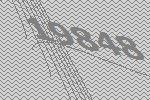
19848